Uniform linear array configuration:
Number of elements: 64
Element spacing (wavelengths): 0.75
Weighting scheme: uniform
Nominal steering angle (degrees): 30
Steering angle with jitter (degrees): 29.09
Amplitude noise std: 0.05
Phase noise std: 0.05

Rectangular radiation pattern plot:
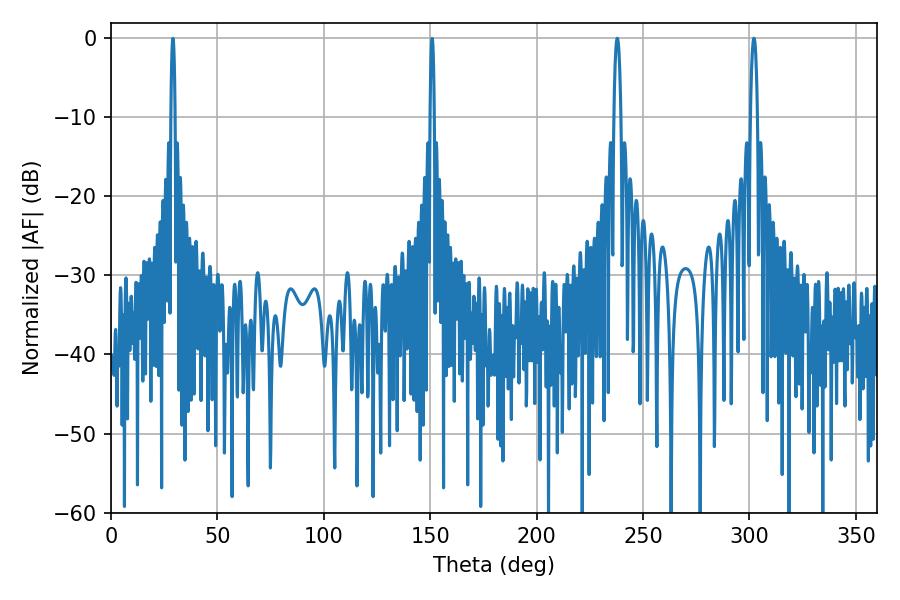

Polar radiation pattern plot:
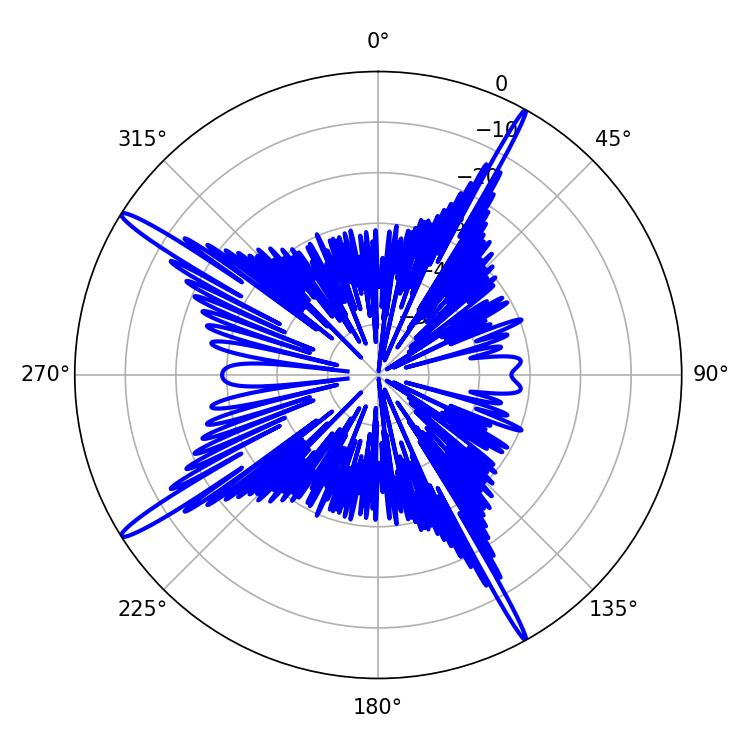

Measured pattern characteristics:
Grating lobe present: TRUE
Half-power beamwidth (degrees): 1.8
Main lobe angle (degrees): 302.04